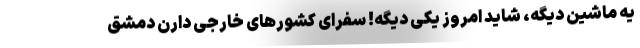
یه ماشین دیگه، شاید امروز یکی دیگه! سفرای کشورهای خارجی دارن دمشق